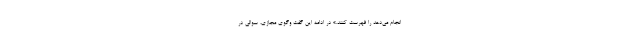
انجام می‌دهد را فهرست کنند.» در ادامه این گفت وگوی مجازی، سوالی در